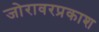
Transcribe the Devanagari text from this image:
जोरावरप्रकाश